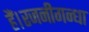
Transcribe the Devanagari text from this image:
हैं।रजनीगन्धा